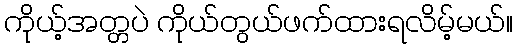
ကိုယ့်အတ္တပဲ ကိုယ်တွယ်ဖက်ထားရလိမ့်မယ်။